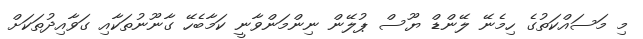
މި މަސައްކަތުގެ ހިމެނޭ ލޭންޑް ޔޫސް ޕުލޭން ނިންމަންވާނީ ކަމާބެހޭ ގާނޫނުތަކާއި ގަވާއިދުތަކަށް